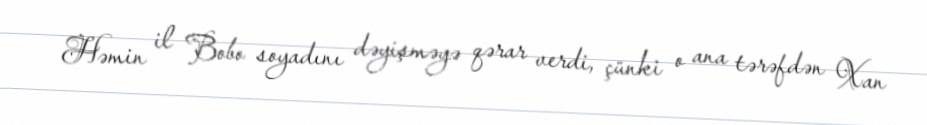
Həmin il Bobo soyadını dəyişməyə qərar verdi, çünki o ana tərəfdən Xan